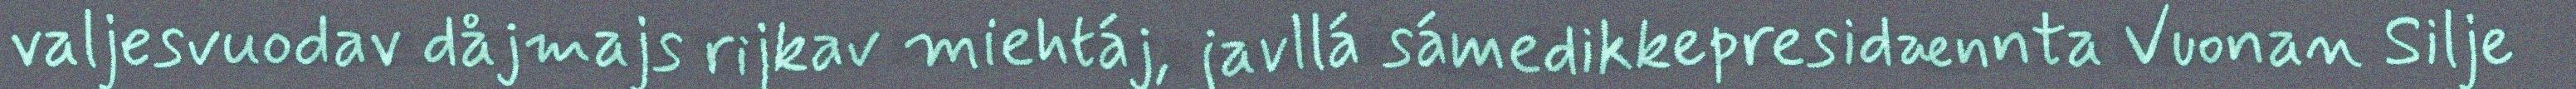
valjesvuodav dåjmajs rijkav miehtáj, javllá sámedikkepresidænnta Vuonan Silje